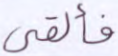
فألقي